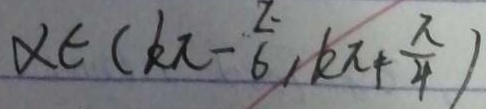
x \in ( k \pi - \frac { \pi } { 6 } , k x + \frac { \pi } { 4 } )